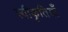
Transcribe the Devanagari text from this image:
स्वीकृतियाँ